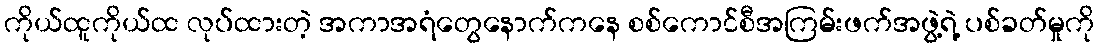
ကိုယ်ထူကိုယ်ထ လုပ်ထားတဲ့ အကာအရံတွေနောက်ကနေ စစ်ကောင်စီအကြမ်းဖက်အဖွဲ့ရဲ့ ပစ်ခတ်မှုကို